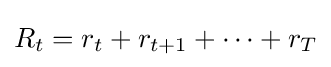
R_{t}=r_{t}+r_{t+1}+\dots +r_{T}